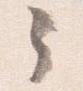
々